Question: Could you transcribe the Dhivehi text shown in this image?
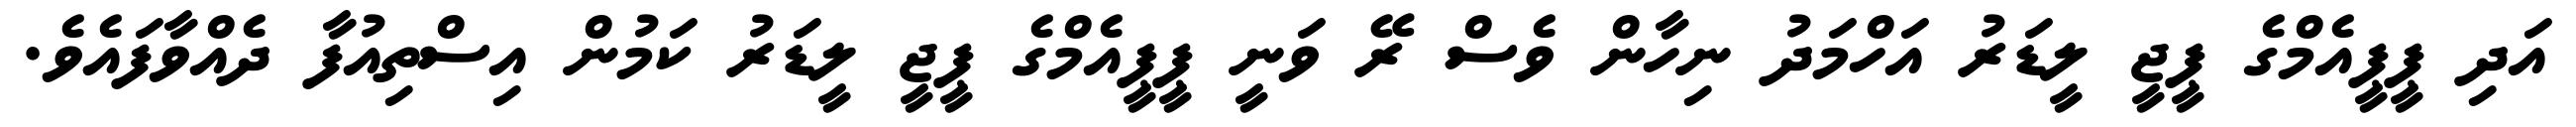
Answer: އަދި ޕީޕީއެމްގެ ޕީޖީ ލީޑަރު އަހްމަދު ނިހާން ވެސް ރޭ ވަނީ ޕީޕީއެމްގެ ޕީޖީ ލީޑަރު ކަމުން އިސްތިއުފާ ދެއްވާފައެވެ.